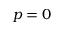
p = 0